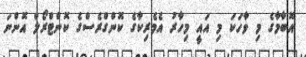
އޮބާމާގެ މި ވާހަކަ މި އައީ މިހާރު އެމެރިކާގެ ކޮންގްރެސްގެ ކޮންޓްރޯލް އޮންނަ